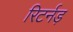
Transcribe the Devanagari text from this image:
रिटर्नड़